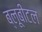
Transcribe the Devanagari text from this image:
ब्‍लूबीटल